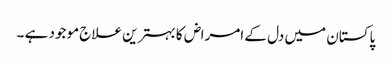
پاکستان میں دل کے امراض کا بہترین علاج موجود ہے ۔